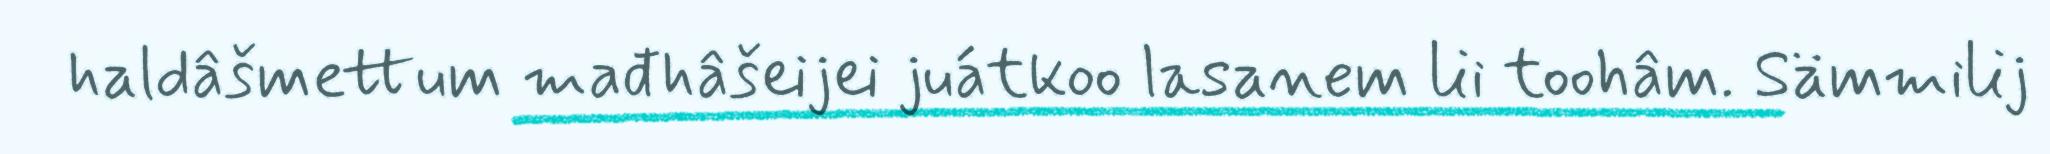
haldâšmettum mađhâšeijei juátkoo lasanem lii toohâm. Sämmilij